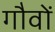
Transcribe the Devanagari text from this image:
गौवों